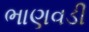
ભાણવડી